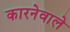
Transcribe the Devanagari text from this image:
कारनेवाले